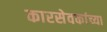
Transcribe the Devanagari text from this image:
कारसेवकांच्या